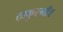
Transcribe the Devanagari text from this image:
ठाकुरगाँव